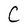
Character: C